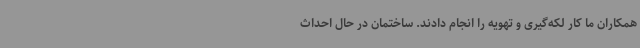
همکاران ما کار لکه‌گیری و تهویه را انجام دادند. ساختمان در حال احداث